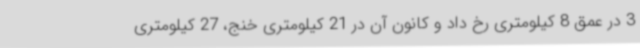
3 در عمق 8 کیلومتری رخ داد و کانون آن در 21 کیلومتری خنج، 27 کیلومتری